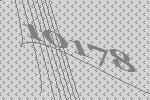
10178